Vaccination North-Western Provinces and Oudh 1878-1895 - 1878-1895
Year: 1878
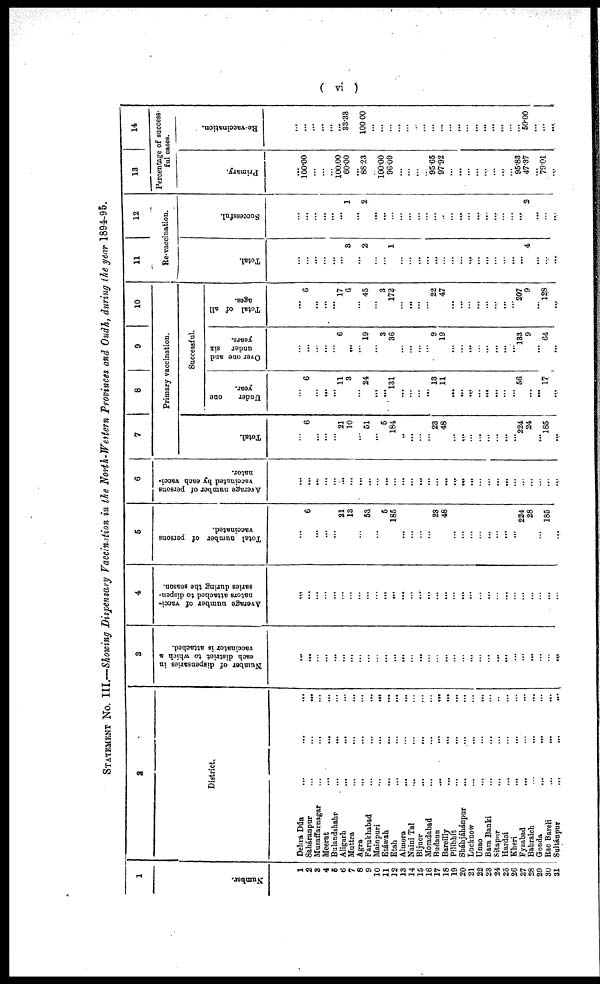
( vi )
STATEMENT NO. III.—Showing Dispensary Vaccination in the North-Western Provinces and Oudh, during the year 1894-95.
1
Number.
1
2
3
4
5
6
7
8
9
10
11
12
13
14
15
16
17
18
19
20
21
22
23
24
25
26
27
28
29
30
31
2
District.
Dehra Dún ... ... ...
Saháranpur
...
...
...
Muzaffarnagar ... ... ...
Meerut ... ... ...
Bulandshahr ... ... ...
Aligarh ... ... ...
Muttra ... ... ...
Agra ... ... ...
Farukhabad
...
...
...
Mainpuri
...
...
...
Etáwah ... ... ...
Etah ... ... ...
Almora
...
...
...
Naini Tal ... ... ...
Bijnor
...
...
...
Moradabad ... ... ...
Budaun ... ... ...
Bareilly
...
...
...
Pilibhít ... ... ...
Sháhjáhánpur ... ... ...
Lucknow ... ... ...
Unao
...
...
...
Bara Banki ... ... ...
Sitapur ... ... ...
Hardoi ... ... ...
Kheri ... ... ...
Fyzabad ... ... ...
Bahraich ... ... ...
Gonda ... ... ...
Rae Bareli ... ... ...
Sultánpur
...
...
...
3
Number of dispensaries in
each district to which a
vaccinator is attached.
...
...
...
...
...
...
...
...
...
...
...
...
...
...
...
...
...
...
...
...
...
...
...
...
...
...
...
...
...
...
...
4
Average number of vacci-
nators attached to dispen-
saries during the season.
...
...
...
...
...
...
...
...
...
...
...
...
...
...
...
...
...
...
...
...
...
...
...
...
...
...
...
...
...
...
...
5
Total number of persons
vaccinated.
6
...
...
...
21
13
...
53
...
5
185
...
...
...
... 23
48
...
...
...
...
...
...
...
...
224
28
...
185
...
6
Average number of persona
vaccinated by each vacci-
nator.
...
...
...
...
...
...
...
...
...
...
...
...
...
...
...
...
...
....
...
...
...
...
...
...
...
...
...
...
...
...
7
8
9
10
Primary vaccination.
Total.
...
6
...
...
...
21
10
...
51
...
5
184
...
...
...
...
23
48
...
...
...
...
...
...
...
...
224
24
...
185
...
Successful.
Under
one
year.
...
6
...
...
...
11
3
...
24
...
...
131
...
...
...
...
13
11
...
...
...
...
...
...
...
...
56
...
...
17
...
Over one and
under six
years.
...
...
...
...
...
6
...
...
19
...
3
36
...
...
...
...
9
19
...
...
...
...
...
...
...
...
133
9
...
64
...
Total of all
ages.
...
6
...
...
...
17
6
...
45
...
3
172
...
...
...
...
22
47
...
...
...
...
...
...
...
...
207
9
...
128
...
11
12
Re-vaccination.
Total.
...
...
...
...
...
...
3
...
2
...
...
1
...
...
...
...
...
...
...
...
...
...
...
...
...
...
...
4
...
...
...
Successful.
...
...
...
...
...
...
1
...
2
...
...
...
...
...
...
...
...
...
...
...
...
...
...
...
...
...
3
...
...
...
13
14
Percentage of success-
ful cases.
Primary.
...
100.00
...
...
...
100.00
60.00
...
88.23
...
100.00
96.09
...
...
...
95.65
95.65
97.92
...
...
...
...
...
...
...
...
95.83
47.37
...
79.01
...
Re-vaccination.
...
...
...
...
...
...
33.33
...
100.00
...
...
...
...
...
...
... ...
...
...
...
... ...
...
...
...
...
...
50.00
...
...
...